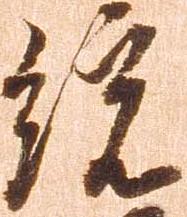
統